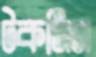
টকসিন